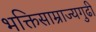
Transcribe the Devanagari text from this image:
भक्तिसाम्राज्यगुढी